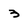
Character: 3